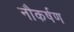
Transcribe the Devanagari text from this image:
नौकर्षण